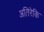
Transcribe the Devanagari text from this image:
अतिरेकि